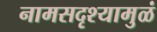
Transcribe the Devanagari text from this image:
नामसद्रृश्यामुळं